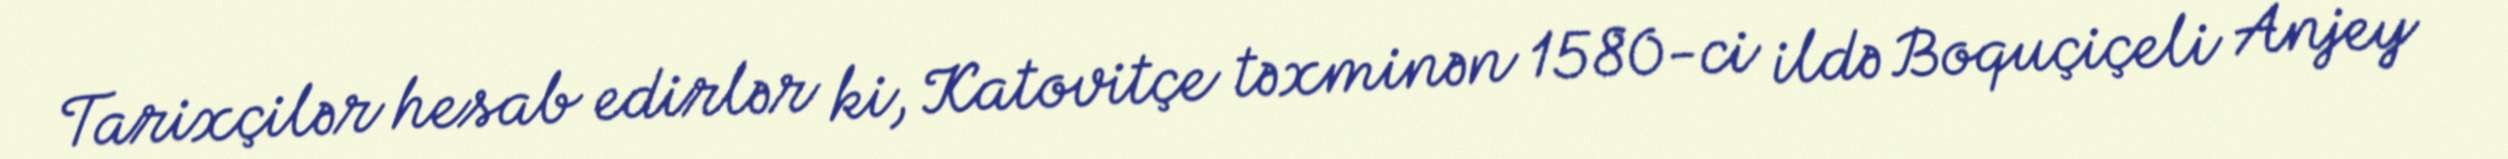
Tarixçilər hesab edirlər ki, Katovitçe təxminən 1580-ci ildə Boquçiçeli Anjey